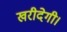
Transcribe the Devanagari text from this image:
खरीदेगी।